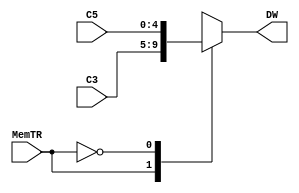
`timescale 1ns/1ns
//1.Creacion del modulo 
//Declaracion del modulo con sus entradas y salidas 
module mux1(
	input MemTR,
	input [4:0] C5,
	input [4:0] C3,
	output reg [4:0] DW
);
//declaracion de seales y variables 
	//NA
//2.Declaraciones
	//N/A
//3.Cuerpo del modulo--------
// asignaciones
	//NA	
//instancias
	//N/A
//Bloques always (continuo)

always@*
begin
	case(MemTR)
		1'd1:
			DW = C3;//Escribir
		1'd0:
			DW = C5;//Leer

	endcase
end
endmodule